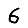
Digit: 6